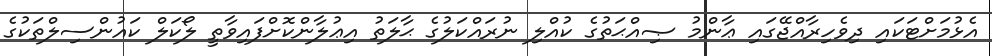
އެޅުމަށްޓަކައި ދިވެހިރާއްޖޭގައި ޢާންމު ޞިއްޙަތުގެ ކުއްލި ނުރައްކަލުގެ ޙާލަތު އިޢުލާންކޮށްފައިވާތީ ލޯކަލް ކައުންސިލްތަކުގެ